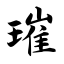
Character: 璀